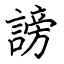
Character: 謗